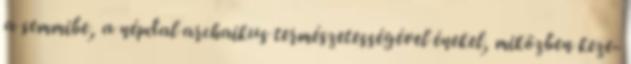
a semmibe, a népdal archaikus természetességével énekel, miközben keze-